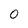
Character: 0